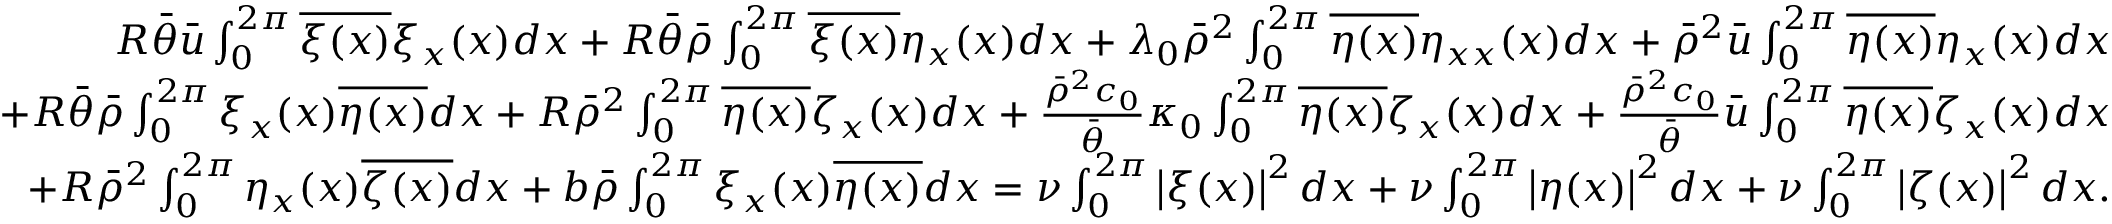
\begin{array} { r } { R \bar { \theta } \bar { u } \int _ { 0 } ^ { 2 \pi } \overline { { \xi ( x ) } } \xi _ { x } ( x ) d x + R \bar { \theta } \bar { \rho } \int _ { 0 } ^ { 2 \pi } \overline { { \xi ( x ) } } \eta _ { x } ( x ) d x + \lambda _ { 0 } \bar { \rho } ^ { 2 } \int _ { 0 } ^ { 2 \pi } \overline { { \eta ( x ) } } \eta _ { x x } ( x ) d x + \bar { \rho } ^ { 2 } \bar { u } \int _ { 0 } ^ { 2 \pi } \overline { { \eta ( x ) } } \eta _ { x } ( x ) d x } \\ { + R \bar { \theta } \bar { \rho } \int _ { 0 } ^ { 2 \pi } \xi _ { x } ( x ) \overline { { \eta ( x ) } } d x + R \bar { \rho } ^ { 2 } \int _ { 0 } ^ { 2 \pi } \overline { { \eta ( x ) } } \zeta _ { x } ( x ) d x + \frac { \bar { \rho } ^ { 2 } c _ { 0 } } { \bar { \theta } } \kappa _ { 0 } \int _ { 0 } ^ { 2 \pi } \overline { { \eta ( x ) } } \zeta _ { x } ( x ) d x + \frac { \bar { \rho } ^ { 2 } c _ { 0 } } { \bar { \theta } } \bar { u } \int _ { 0 } ^ { 2 \pi } \overline { { \eta ( x ) } } \zeta _ { x } ( x ) d x } \\ { + R \bar { \rho } ^ { 2 } \int _ { 0 } ^ { 2 \pi } \eta _ { x } ( x ) \overline { { \zeta ( x ) } } d x + b \bar { \rho } \int _ { 0 } ^ { 2 \pi } \xi _ { x } ( x ) \overline { { \eta ( x ) } } d x = \nu \int _ { 0 } ^ { 2 \pi } \left\lvert \xi ( x ) \right\rvert ^ { 2 } d x + \nu \int _ { 0 } ^ { 2 \pi } \left\lvert \eta ( x ) \right\rvert ^ { 2 } d x + \nu \int _ { 0 } ^ { 2 \pi } \left\lvert \zeta ( x ) \right\rvert ^ { 2 } d x . } \end{array}